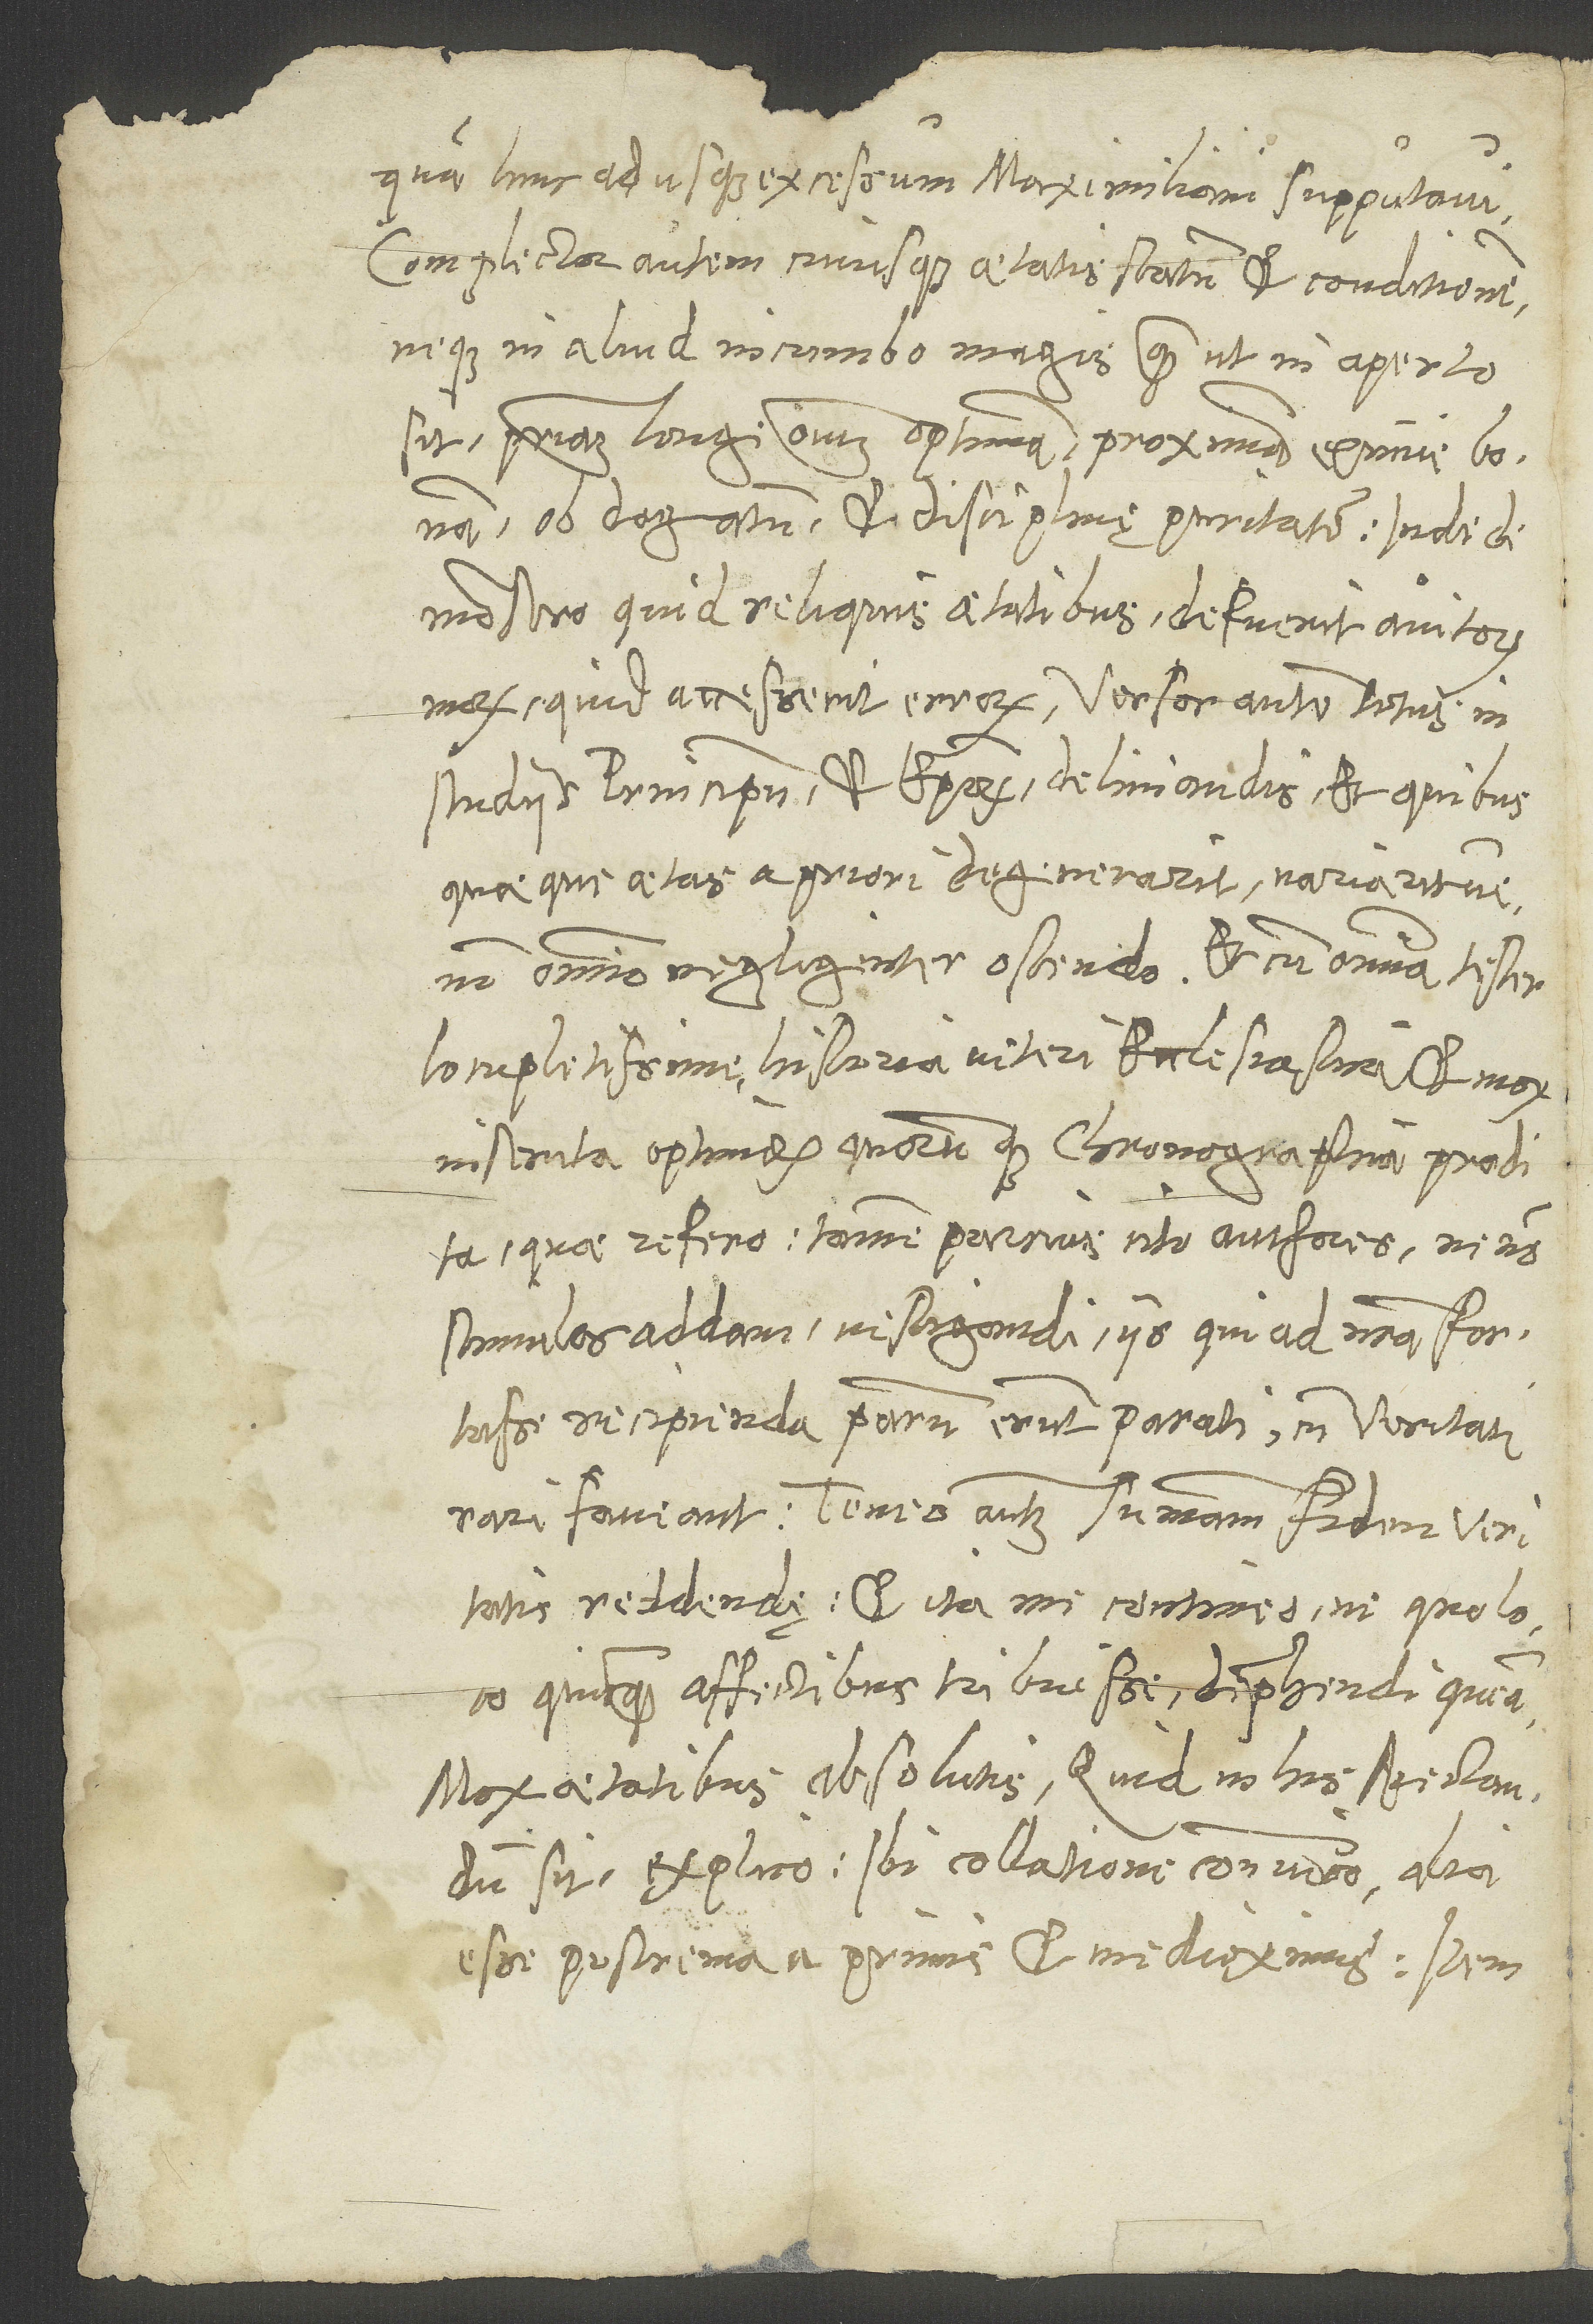
quam hinc adusque excessum Maximiliani supputavi.
Complector autem cuiusque aetatis statum et condicionem
neque in aliud incumbo magis, quam ut in aperto
sit, primam longe omnium optimam, proximam eximie bonam
ob dogmatum et disciplinę puritatem. Inde
demonstro, quid reliquis aetatibus defuerit avitorum
morum, quid accesserit errorum. Versor autem totus in
studiis principum et episcoporum delineandis et, quibus
quaeque aetas a priori degenerarit variaritve,
non omnino negligenter ostendo. Et cum omnia tester
locupletissime historia veteri ecclesiastica et mox
insecuta optimorum quorumque chronographia prodita,
quae refero, tamen parcius cito auctores, ne non
stimulos addam instigandi iis, qui ad nostra fortasse
recipienda parum erunt parati, cum veritati
rari foveant. Teneo autem summam fidem veritatis
reddendę et ita me contineo, ne quo loco
quicquam affectibus tribuisse deprehendi queam.
Mox aetatibus absolutis, quid in his spectandum
sit, explico. Ibi collatione convinco, alia
esse postrema a primis et medioximis. Item